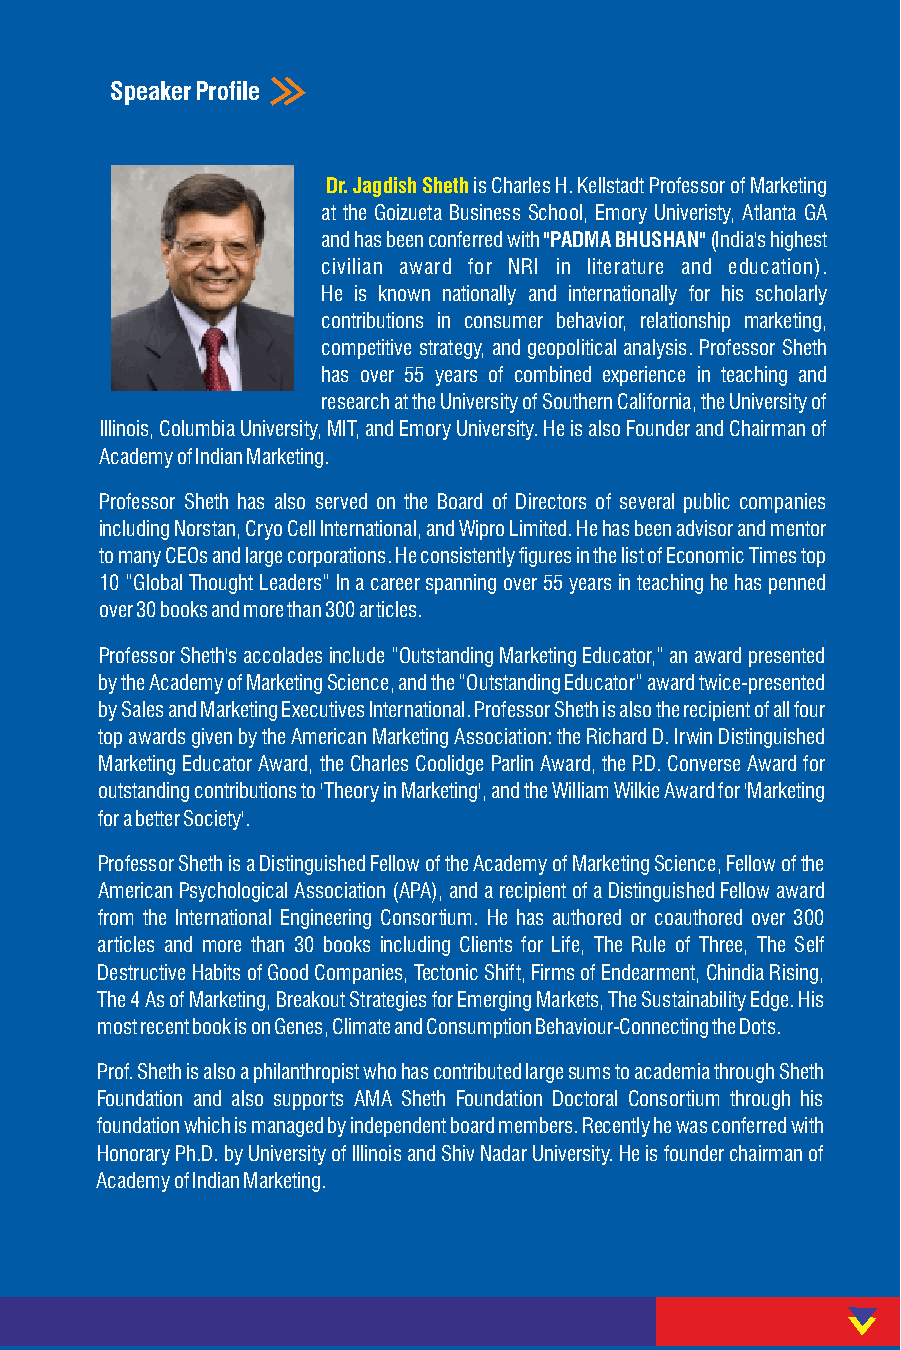
Speaker Profile
 Dr. Jagdish Sheth is Charles H. Kellstadt Professor of Marketing
 at the Goizueta Business School, Emory Univeristy, Atlanta GA
 and has been conferred with "PADMA BHUSHAN" (India's highest
 civilian award for NRI in literature and education).
 He is known nationally and internationally for his scholarly
 contributions in consumer behavior, relationship marketing,
 competitive strategy, and geopolitical analysis. Professor Sheth
 has over 55 years of combined experience in teaching and
 research at the University of Southern California, the University of
 Illinois, Columbia University, MIT, and Emory University. He is also Founder and Chairman of
 Academy of Indian Marketing.
 Professor Sheth has also served on the Board of Directors of several public companies
 including Norstan, Cryo Cell International, and Wipro Limited. He has been advisor and mentor
 to many CEOs and large corporations. He consistently figures in the list of Economic Times top
 10 “Global Thought Leaders” In a career spanning over 55 years in teaching he has penned
 over 30 books and more than 300 articles.
 Professor Sheth's accolades include “Outstanding Marketing Educator,” an award presented
 by the Academy of Marketing Science, and the “Outstanding Educator” award twice-presented
 by Sales and Marketing Executives International. Professor Sheth is also the recipient of all four
 top awards given by the American Marketing Association: the Richard D. Irwin Distinguished
 Marketing Educator Award, the Charles Coolidge Parlin Award, the P.D. Converse Award for
 outstanding contributions to 'Theory in Marketing', and the William Wilkie Award for 'Marketing
 for a better Society'.
 Professor Sheth is a Distinguished Fellow of the Academy of Marketing Science, Fellow of the
 American Psychological Association (APA), and a recipient of a Distinguished Fellow award
 from the International Engineering Consortium. He has authored or coauthored over 300
 articles and more than 30 books including Clients for Life, The Rule of Three, The Self
 Destructive Habits of Good Companies, Tectonic Shift, Firms of Endearment, Chindia Rising,
 The 4 As of Marketing, Breakout Strategies for Emerging Markets, The Sustainability Edge. His
 most recent book is on Genes, Climate and Consumption Behaviour-Connecting the Dots.
 Prof. Sheth is also a philanthropist who has contributed large sums to academia through Sheth
 Foundation and also supports AMA Sheth Foundation Doctoral Consortium through his
 foundation which is managed by independent board members. Recently he was conferred with
 Honorary Ph.D. by University of Illinois and Shiv Nadar University. He is founder chairman of
 Academy of Indian Marketing.